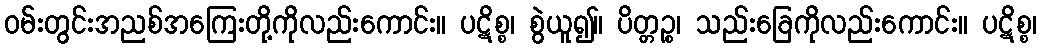
ဝမ်းတွင်းအညစ်အကြေးတို့ကိုလည်းကောင်း။ ပဋိစ္စ၊ စွဲယူ၍။ ပိတ္တဉ္စ၊ သည်းခြေကိုလည်းကောင်း။ ပဋိစ္စ၊